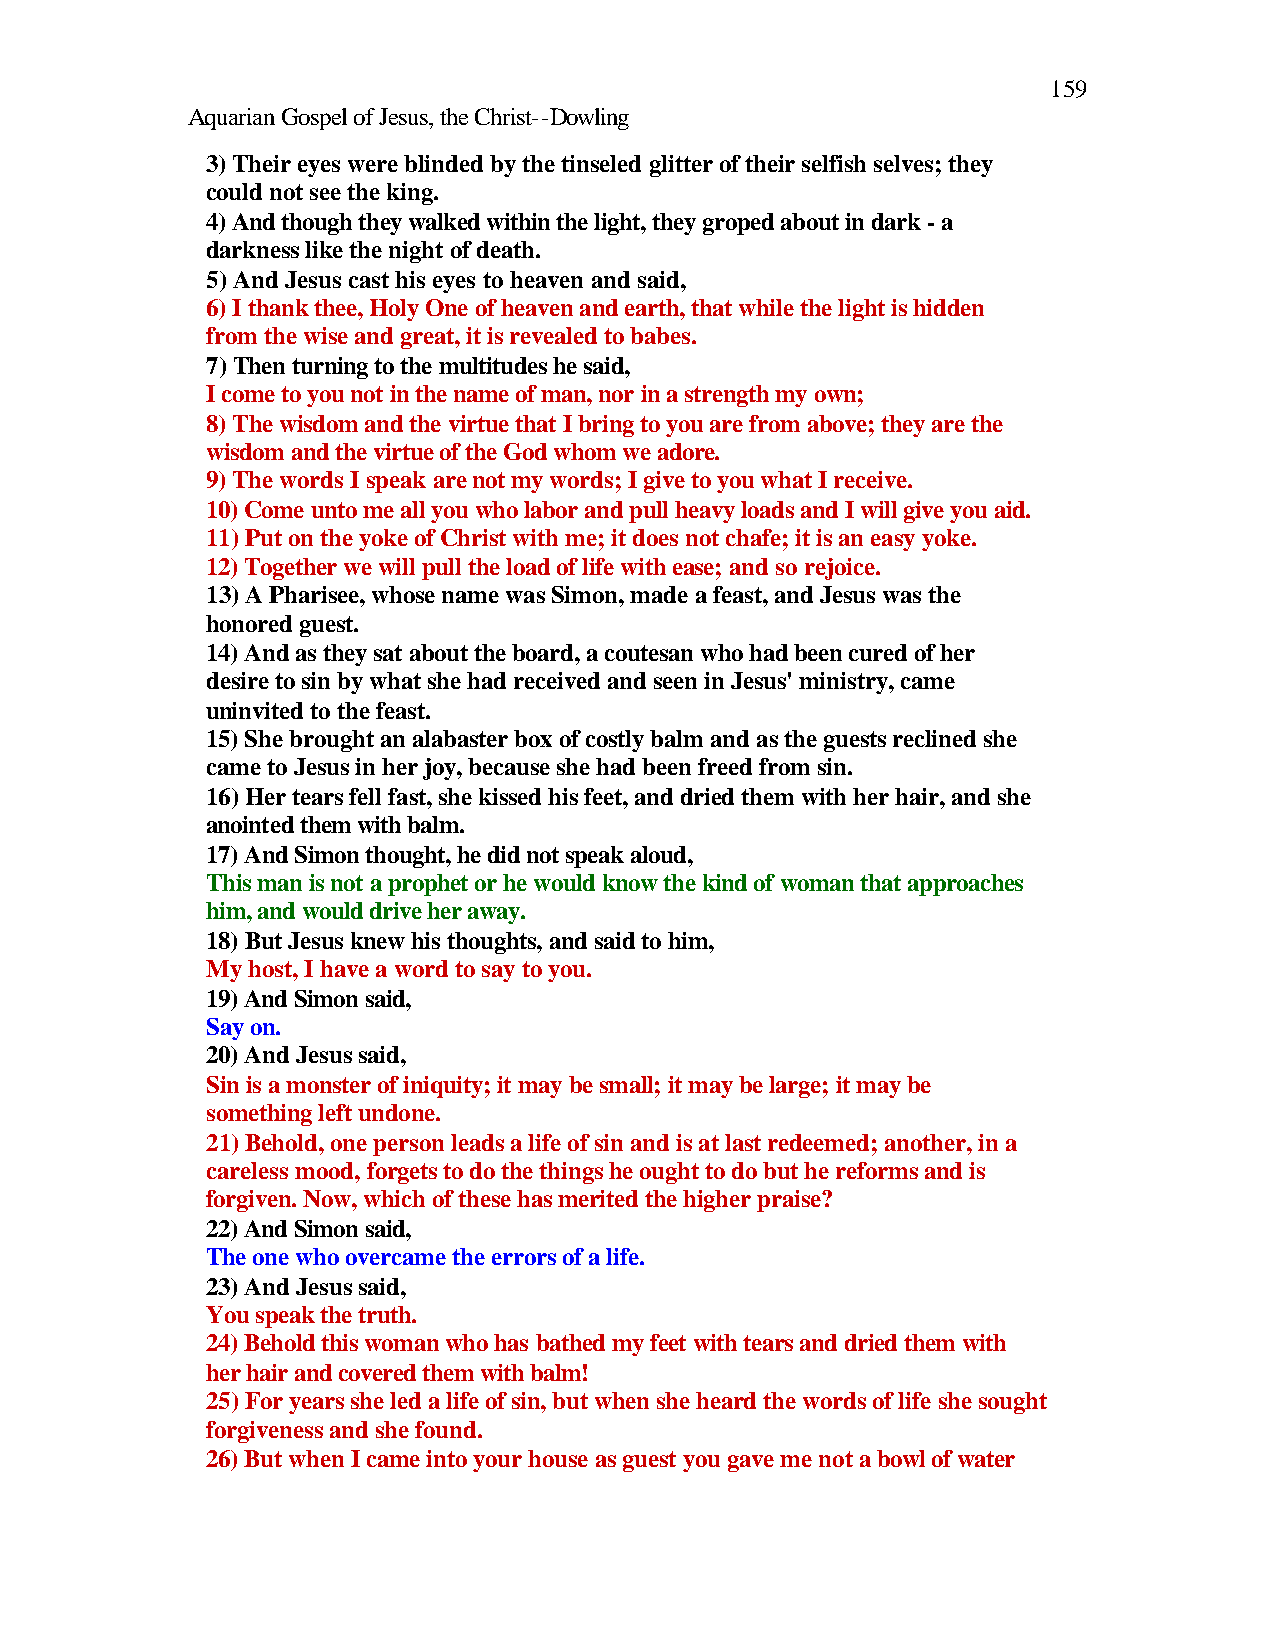
159
 Aquarian Gospel of Jesus, the Christ--Dowling
 3) Their eyes were blinded by the tinseled glitter of their selfish selves; they
 could not see the king.
 4) And though they walked within the light, they groped about in dark - a
 darkness like the night of death.
 5) And Jesus cast his eyes to heaven and said,
 6) I thank thee, Holy One of heaven and earth, that while the light is hidden
 from the wise and great, it is revealed to babes.
 7) Then turning to the multitudes he said,
 I come to you not in the name of man, nor in a strength my own;
 8) The wisdom and the virtue that I bring to you are from above; they are the
 wisdom and the virtue of the God whom we adore.
 9) The words I speak are not my words; I give to you what I receive.
 10) Come unto me all you who labor and pull heavy loads and I will give you aid.
 11) Put on the yoke of Christ with me; it does not chafe; it is an easy yoke.
 12) Together we will pull the load of life with ease; and so rejoice.
 13) A Pharisee, whose name was Simon, made a feast, and Jesus was the
 honored guest.
 14) And as they sat about the board, a coutesan who had been cured of her
 desire to sin by what she had received and seen in Jesus' ministry, came
 uninvited to the feast.
 15) She brought an alabaster box of costly balm and as the guests reclined she
 came to Jesus in her joy, because she had been freed from sin.
 16) Her tears fell fast, she kissed his feet, and dried them with her hair, and she
 anointed them with balm.
 17) And Simon thought, he did not speak aloud,
 This man is not a prophet or he would know the kind of woman that approaches
 him, and would drive her away.
 18) But Jesus knew his thoughts, and said to him,
 My host, I have a word to say to you.
 19) And Simon said,
 Say on.
 20) And Jesus said,
 Sin is a monster of iniquity; it may be small; it may be large; it may be
 something left undone.
 21) Behold, one person leads a life of sin and is at last redeemed; another, in a
 careless mood, forgets to do the things he ought to do but he reforms and is
 forgiven. Now, which of these has merited the higher praise?
 22) And Simon said,
 The one who overcame the errors of a life.
 23) And Jesus said,
 You speak the truth.
 24) Behold this woman who has bathed my feet with tears and dried them with
 her hair and covered them with balm!
 25) For years she led a life of sin, but when she heard the words of life she sought
 forgiveness and she found.
 26) But when I came into your house as guest you gave me not a bowl of water